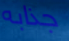
جذابه